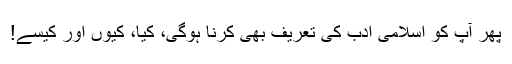
پھر آپ کو اسلامی ادب کی تعریف بھی کرنا ہوگی، کیا، کیوں اور کیسے!